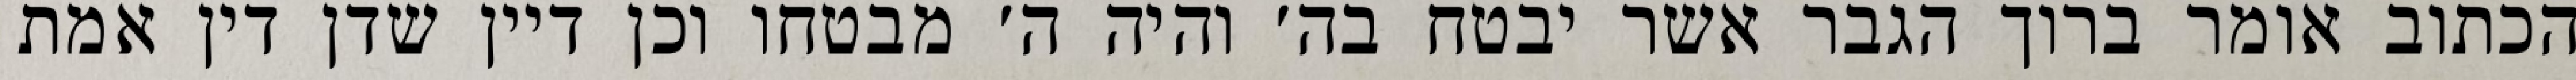
הכתוב אומר ברוך הגבר אשר יבטח בה׳ והיה ה׳ מבטחו וכן דיין שדן דין אמת